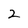
Character: 2